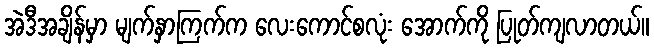
အဲဒီအချိန်မှာ မျက်နှာကြက်က လေးကောင်စလုံး အောက်ကို ပြုတ်ကျလာတယ်။